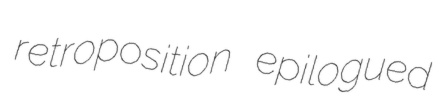
retroposition epilogued